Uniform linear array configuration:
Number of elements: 64
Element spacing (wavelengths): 1
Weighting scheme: hamming
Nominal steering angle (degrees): -45
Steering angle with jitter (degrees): -45.422
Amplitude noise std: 0.05
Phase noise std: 0.05

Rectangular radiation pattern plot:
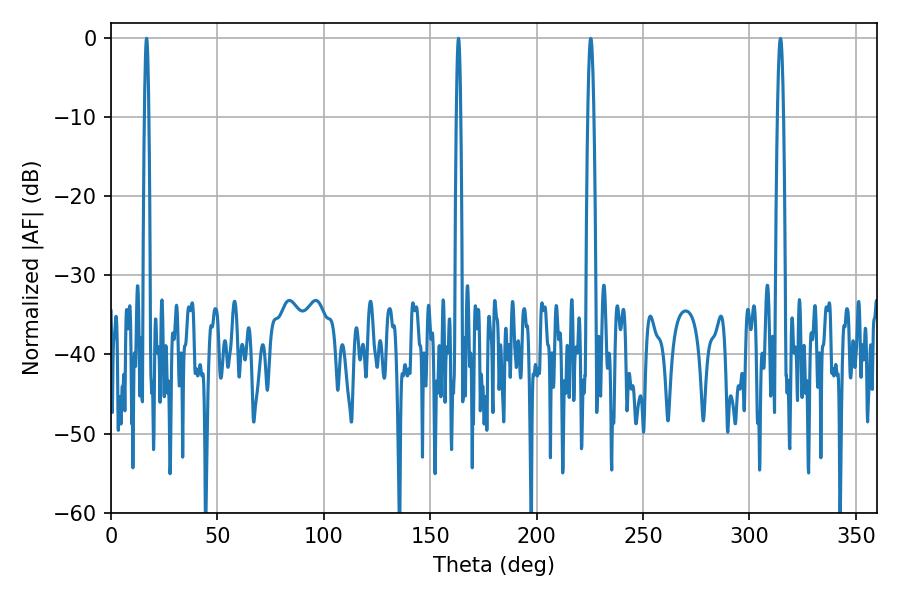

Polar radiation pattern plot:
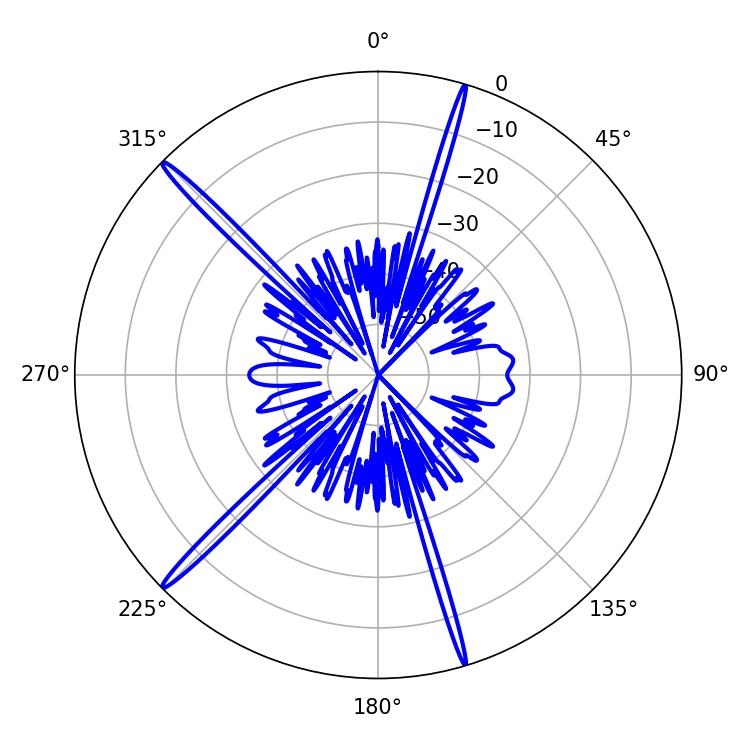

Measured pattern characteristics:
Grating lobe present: TRUE
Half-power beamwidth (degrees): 1.08
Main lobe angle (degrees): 16.74